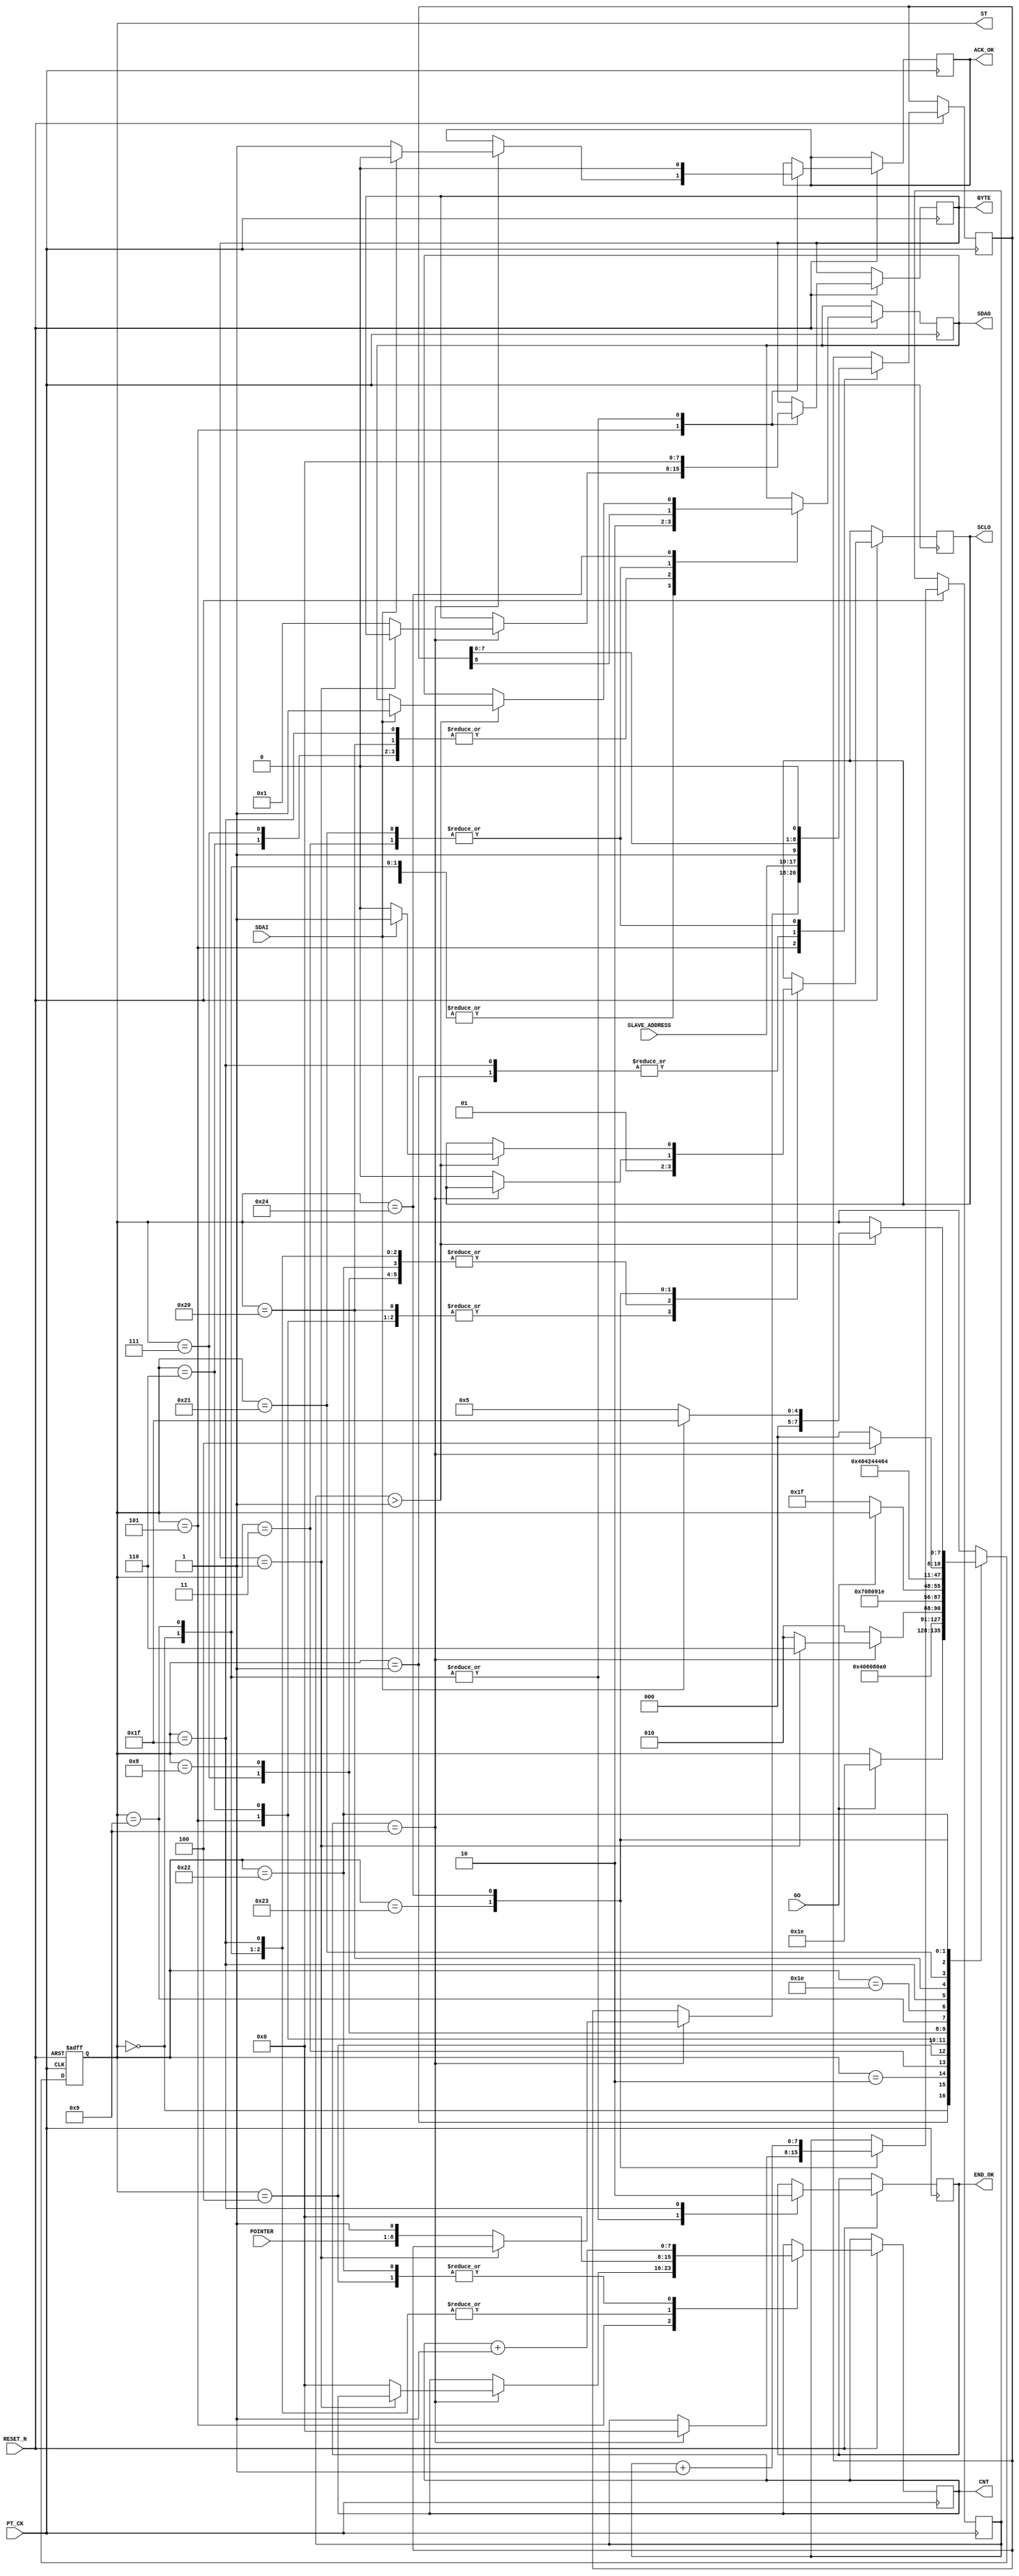
module I2C_WRITE_POINTER_VR  (
   input  				RESET_N ,
	input      			PT_CK,
	input      			GO,
	input      [7:0]	POINTER,
	input      [7:0]	SLAVE_ADDRESS,	
	input      			SDAI,
	output reg 			SDAO,
	output reg 			SCLO,
	output reg 			END_OK,
	
	//--for test 
	output reg [7:0]	ST ,
	output reg 			ACK_OK,
	output reg [7:0] 	CNT ,
	output reg [7:0] 	BYTE  
	
);

reg   [8:0]A ;
reg   [7:0]DELY ;


always @( negedge RESET_N or posedge  PT_CK )begin
if ( !RESET_N ) ST <=0;
else 
	  case (ST)
	    0: begin  //start 		      
		      SDAO   <=1; 
	         SCLO   <=1;
	         ACK_OK <=0;
	         CNT    <=0;
	         END_OK <=1;
	         BYTE   <=0;	
	         if (GO) ST  <=30 ; // inital 							
		    end	  
	    1: begin  //start 
		      ST <=2 ; 
			   { SDAO,  SCLO } <= 2'b01; 
				A <= {SLAVE_ADDRESS ,1'b1 };//WRITE COMMAND
		    end
	    2: begin  //start 
		      ST <=3 ; 
			   { SDAO,  SCLO } <= 2'b00; 
		    end			 
	    3: begin  //start 
		      ST <=4 ; 
			   { SDAO, A } <= { A ,1'b0 }; 
		    end
	    4: begin  //start 
		      ST <=5 ; 
			   SCLO <= 1'b1 ; 
				CNT <= CNT +1 ;
		    end
			 
	    5: begin  
			 SCLO <= 1'b0 ; 
			 if (CNT==9) begin
				      if ( BYTE ==1)  ST <= 6 ; 
					   else  
						begin 
							CNT <=0 ; 
							BYTE <=1 ; 
							A <= {POINTER ,1'b1 };  
							ST <= 2 ; 
						end
					   if   ( !SDAI ) ACK_OK <=1 ; 
					   else  ACK_OK <=0 ; 
				 end
			 else ST <= 2;
		    end
	    6: begin          //stop
				ST <=7 ; 
			   {SDAO,SCLO } <= 2'b00; 
         end

	    7: begin          //stop
		      ST <=8 ; 
			   {SDAO,SCLO } <= 2'b01; 
         end
	    8: begin          //stop
		      ST <=9 ; 
			   {SDAO,SCLO } <= 2'b11; 						
         end //stop
		9:	begin
		      ST     <= 30; 
		      SDAO   <=1; 
	         SCLO   <=1;
	         ACK_OK <=0;
	         CNT    <=0;
	         END_OK <=1;
	         BYTE   <=0;					
		     end
		//--- END ---
		30: begin
            if (!GO) ST  <=31;
          end
	  //---SLEEP UP-----		 
	    31: begin  //
		      END_OK<=0;
				CNT <=0 ; 
		      ST <=32 ; 
			   { SDAO,  SCLO } <= 2'b01; 
				A <= {SLAVE_ADDRESS ,1'b1 };//WRITE COMMAND
		    end
	    32: begin  //start 
		      ST <=33 ; 
			   { SDAO,  SCLO } <= 2'b00; 
		    end			 
	    33: begin  //start 
		      ST <=34 ; 
			   { SDAO, A } <= { A ,1'b0 }; 
		    end
	    34: begin  //start 
		      ST <=35 ; 
			   SCLO <= 1'b1 ; 
				CNT <= CNT +1 ;
		    end
			 
	    35: begin  
			  
			  if (CNT==9)  begin DELY<=0;  ST <= 36;end 
			  else begin ST <= 32; SCLO <= 1'b0 ; end 
		    end	
 			 
	    36: begin  
		         DELY<=DELY+1;
				   if ( DELY > 1 )  begin 
				         if ( SDAI==1 ) begin ST <= 31 ;  { SDAO,  SCLO } <= 2'b11; end
			            else  begin ST <=5 ;SCLO <= 1'b0;  end 
			      end
				end	
	  endcase 
 end
 
endmodule